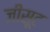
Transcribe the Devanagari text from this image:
जीसूट